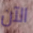
الآن